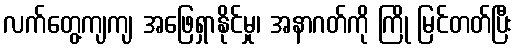
လက်တွေ့ကျကျ အဖြေရှာနိုင်မှု၊ အနာဂတ်ကို ကြို မြင်တတ်ပြီး